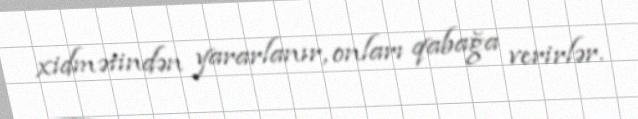
xidmətindən yararlanır, onları qabağa verirlər.